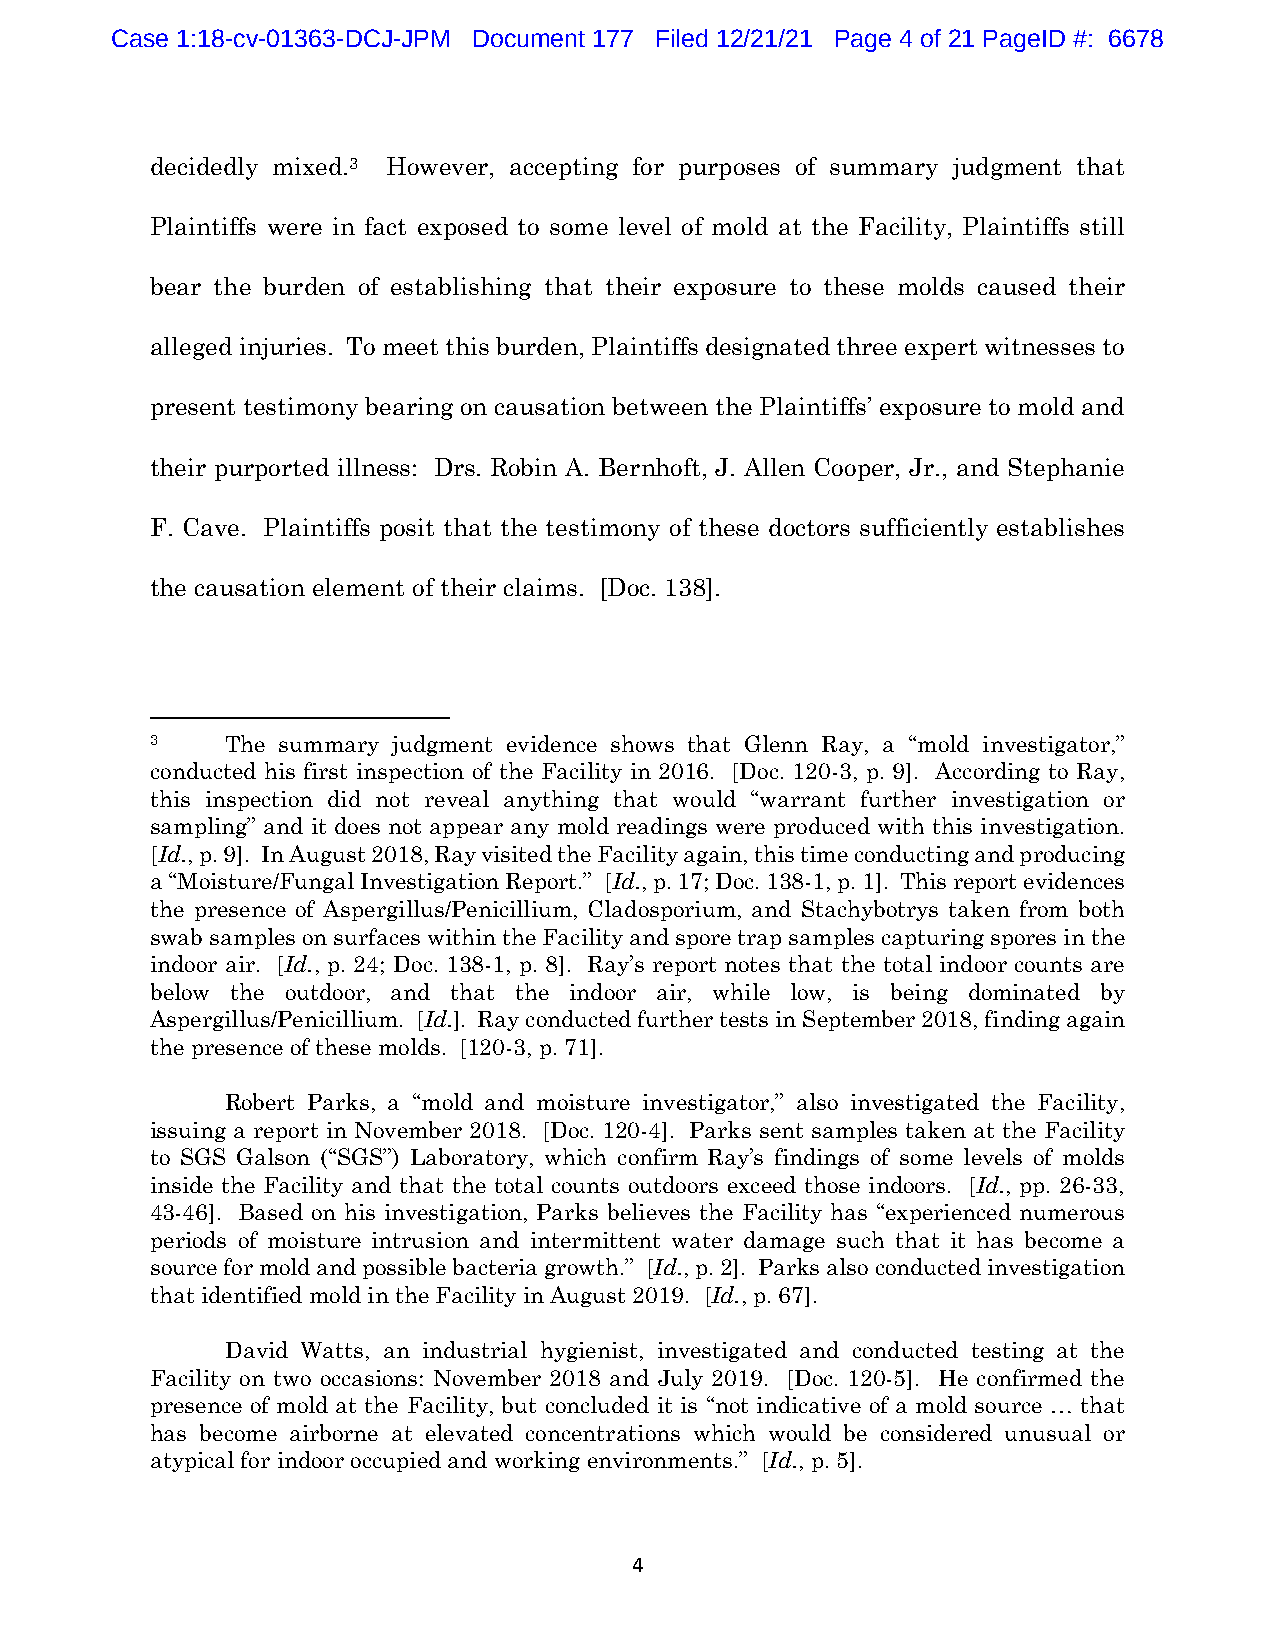
Case 1:18-cv-01363-DCJ-JPM Document 177 Filed 12/21/21 Page 4 of 21 PageID #: 6678
 decidedly mixed.3 However, accepting for purposes of summary judgment that
 Plaintiffs were in fact exposed to some level of mold at the Facility, Plaintiffs still
 bear the burden of establishing that their exposure to these molds caused their
 alleged injuries. To meet this burden, Plaintiffs designated three expert witnesses to
 present testimony bearing on causation between the Plaintiffs’ exposure to mold and
 their purported illness: Drs. Robin A. Bernhoft, J. Allen Cooper, Jr., and Stephanie
 F. Cave. Plaintiffs posit that the testimony of these doctors sufficiently establishes
 the causation element of their claims. [Doc. 138].
 3    The summary judgment evidence shows that Glenn Ray, a “mold investigator,”
 conducted his first inspection of the Facility in 2016. [Doc. 120-3, p. 9]. According to Ray,
 this inspection did not reveal anything that would “warrant further investigation or
 sampling” and it does not appear any mold readings were produced with this investigation.
 [Id., p. 9]. In August 2018, Ray visited the Facility again, this time conducting and producing
 a “Moisture/Fungal Investigation Report.” [Id., p. 17; Doc. 138-1, p. 1]. This report evidences
 the presence of Aspergillus/Penicillium, Cladosporium, and Stachybotrys taken from both
 swab samples on surfaces within the Facility and spore trap samples capturing spores in the
 indoor air. [Id., p. 24; Doc. 138-1, p. 8]. Ray’s report notes that the total indoor counts are
 below the outdoor, and that the indoor air, while low, is being dominated by
 Aspergillus/Penicillium. [Id.]. Ray conducted further tests in September 2018, finding again
 the presence of these molds. [120-3, p. 71].
 Robert Parks, a “mold and moisture investigator,” also investigated the Facility,
 issuing a report in November 2018. [Doc. 120-4]. Parks sent samples taken at the Facility
 to SGS Galson (“SGS”) Laboratory, which confirm Ray’s findings of some levels of molds
 inside the Facility and that the total counts outdoors exceed those indoors. [Id., pp. 26-33,
 43-46]. Based on his investigation, Parks believes the Facility has “experienced numerous
 periods of moisture intrusion and intermittent water damage such that it has become a
 source for mold and possible bacteria growth.” [Id., p. 2]. Parks also conducted investigation
 that identified mold in the Facility in August 2019. [Id., p. 67].
 David Watts, an industrial hygienist, investigated and conducted testing at the
 Facility on two occasions: November 2018 and July 2019. [Doc. 120-5]. He confirmed the
 presence of mold at the Facility, but concluded it is “not indicative of a mold source … that
 has become airborne at elevated concentrations which would be considered unusual or
 atypical for indoor occupied and working environments.” [Id., p. 5].
 4